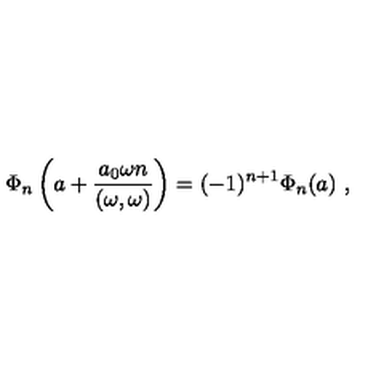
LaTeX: \Phi _ { n } \left( a + \frac { a _ { 0 } \omega n } { ( \omega , \omega ) } \right) = ( - 1 ) ^ { n + 1 } \Phi _ { n } ( a ) \ ,